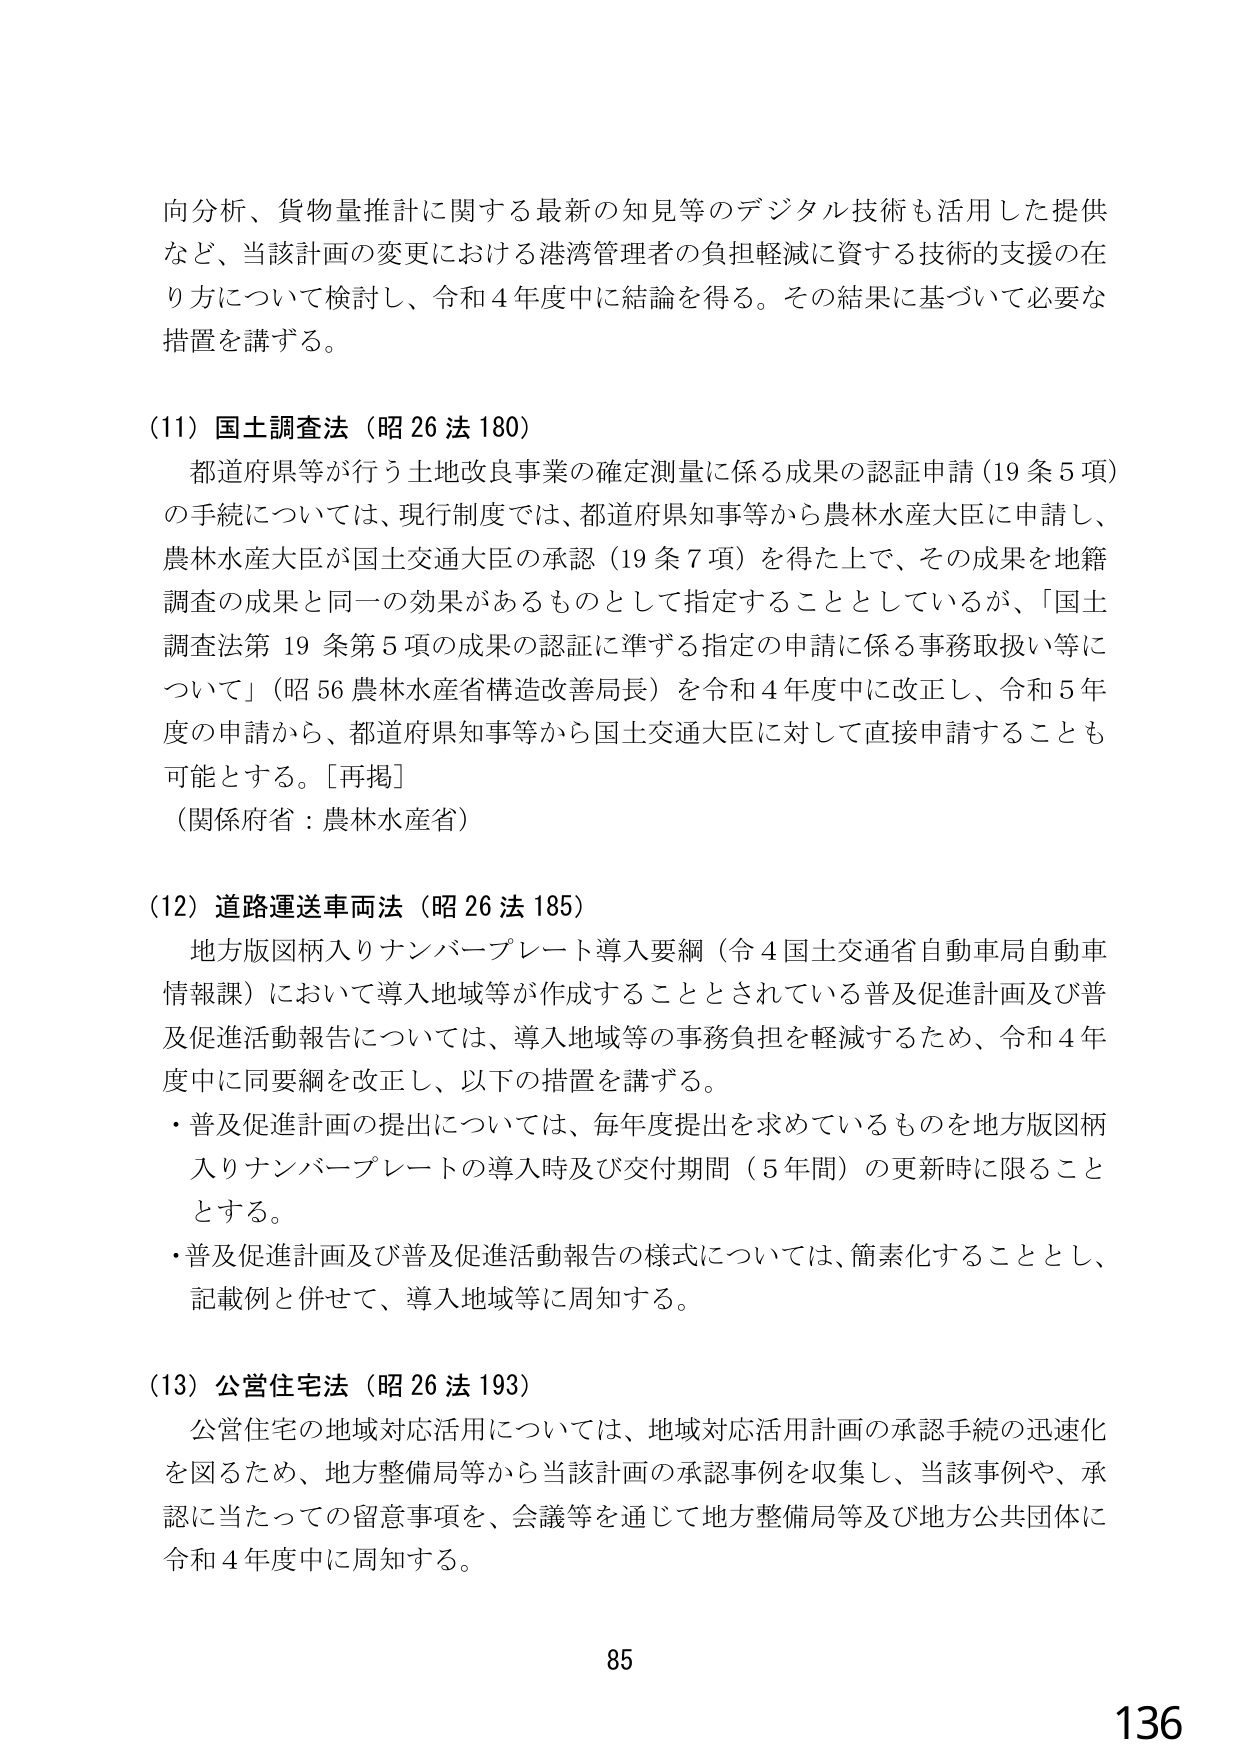
向分析、貨物量推計に関する最新の知見等のデジタル技術も活用した提供
など、当該計画の変更における港湾管理者の負担軽減に資する技術の支援の在
り方について検討し、令和4年度中に結論を得る。その結果に基づいて必要な
措置を講ずる。

(11) 国土調査法（昭26法180）
　都道府県等が行う土地改良事業の確定測量に係る成果の認証申請（19条5項）
の手続については、現行制度では、都道府県知事等から農林水産大臣に申請し、
農林水産大臣が国土交通大臣の承認（19条7項）を得た上で、その成果を地籍
調査の成果と同一の効果があるものとして指定することとしているが、「国土
調査法第19条第5項の成果の認証に準ずる指定の申請に係る事務取扱い等に
ついて」（昭56農林水産省構造改善局長）を令和4年度中に改正し、令和5年
度の申請から、都道府県知事等から国土交通大臣に対して直接申請することも
可能とする。［再掲］
（関係府省：農林水産省）

(12) 道路運送車両法（昭26法185）
　地方版図柄入りナンバープレート導入要綱（令4国土交通省自動車局自動車
情報課）において導入地域等が作成することとされている普及促進計画及び普
及促進活動報告については、導入地域等の事務負担を軽減するため、令和4年
度中に同要綱を改正し、以下の措置を講ずる。
・普及促進計画の提出については、毎年度提出を求めているものを地方版図柄
入りナンバープレートの導入時及び交付期間（5年間）の更新時に限ること
とする。
・普及促進計画及び普及促進活動報告の様式については、簡素化することとし、
記載例と併せて、導入地域等に周知する。

(13) 公営住宅法（昭26法193）
　公営住宅の地域対応活用については、地域対応活用計画の承認手続の迅速化
を図るため、地方整備局等から当該計画の承認事例を収集し、当該事例や、承
認に当たっての留意事項を、会議等を通じて地方整備局等及び地方公共団体に
令和4年度中に周知する。

85
136